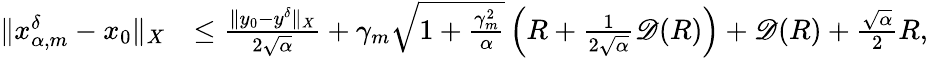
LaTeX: \begin{array}{rl}{\| x_{\alpha,m}^{\delta}-x_{0}\| _{X}}&{\le\frac{\| y_{0}-y^{\delta}\| _{X}}{2\sqrt{\alpha}}+\gamma_{m}\sqrt{1+\frac{\gamma_{m}^{2}}{\alpha}}\left(R+\frac{1}{2\sqrt{\alpha}}\mathscr{D}(R)\right)+\mathscr{D}(R)+\frac{\sqrt{\alpha}}{2}R,}\end{array}